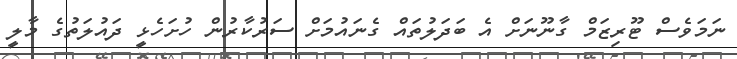
ނަމަވެސް ޓޫރިޒަމް ގާނޫނަށް އެ ބަދަލުތައް ގެނައުމަށް ސަރުކާރުން ހުށަހެޅީ ދައުލަތުގެ މާލީ